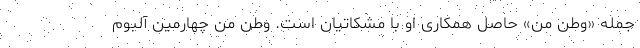
جمله «وطن من» حاصل همکاری او با مشکاتیان است. وطن من چهارمین آلبوم